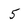
Character: 5